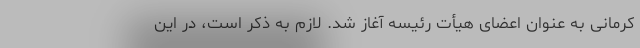
کرمانی به عنوان اعضای هیأت رئیسه آغاز شد. لازم به ذکر است، در این